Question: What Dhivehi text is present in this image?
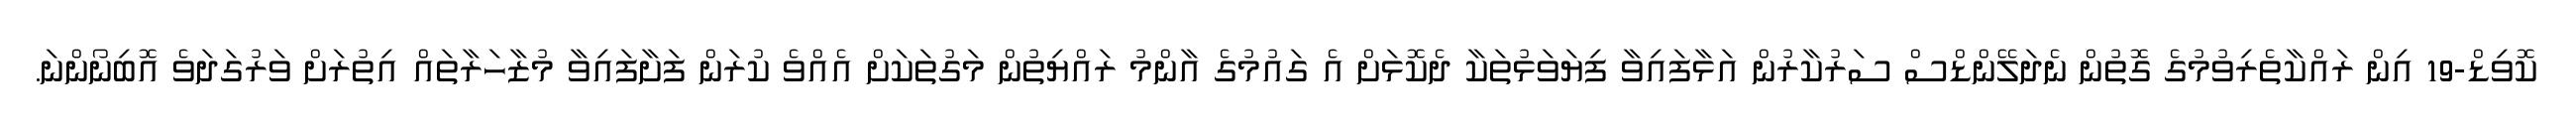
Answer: ކޮވިޑް-19 އިން ރައްކާތެރިވުމުގެ ގޮތުން ނެދަލޭންޑްސް ސަރުކާރުން އަޅާފައިވާ ފިޔަވަޅުތަކާ ދެކޮޅަށް އެ ގައުމުގެ އާންމު ރައްޔިތުން މަގުތަކަށް އެއްވެ ކުރަން ފަށާފައިވާ މުޒާހަރާތައް އިތުރަށް ވަރުގަދަވެ އޮބިނޯންނަ.